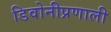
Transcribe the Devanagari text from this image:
डिवोनीप्रणाली